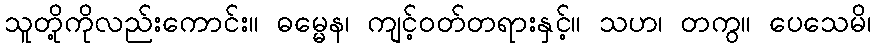
သူတို့ကိုလည်းကောင်း။ ဓမ္မေန၊ ကျင့်ဝတ်တရားနှင့်။ သဟ၊ တကွ။ ပေသေမိ၊